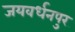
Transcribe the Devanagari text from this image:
जयवर्धनपुर